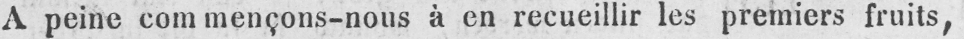
A peine commençons-nous à en recueillir les premiers fruits,